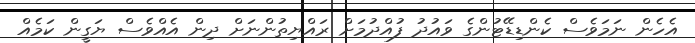
އެހެން ނަމަވެސް ކެންޑިޑޭޓުންގެ ވައުދު ފުއްދުމަށް ރައްޔިތުންނަށް ދިން އެއްވެސް ޔަގީން ކަމެއް